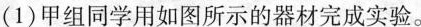
(1)甲组同学用如图所示的器材完成实验。